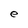
Character: e